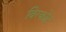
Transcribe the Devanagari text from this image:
विरकोट